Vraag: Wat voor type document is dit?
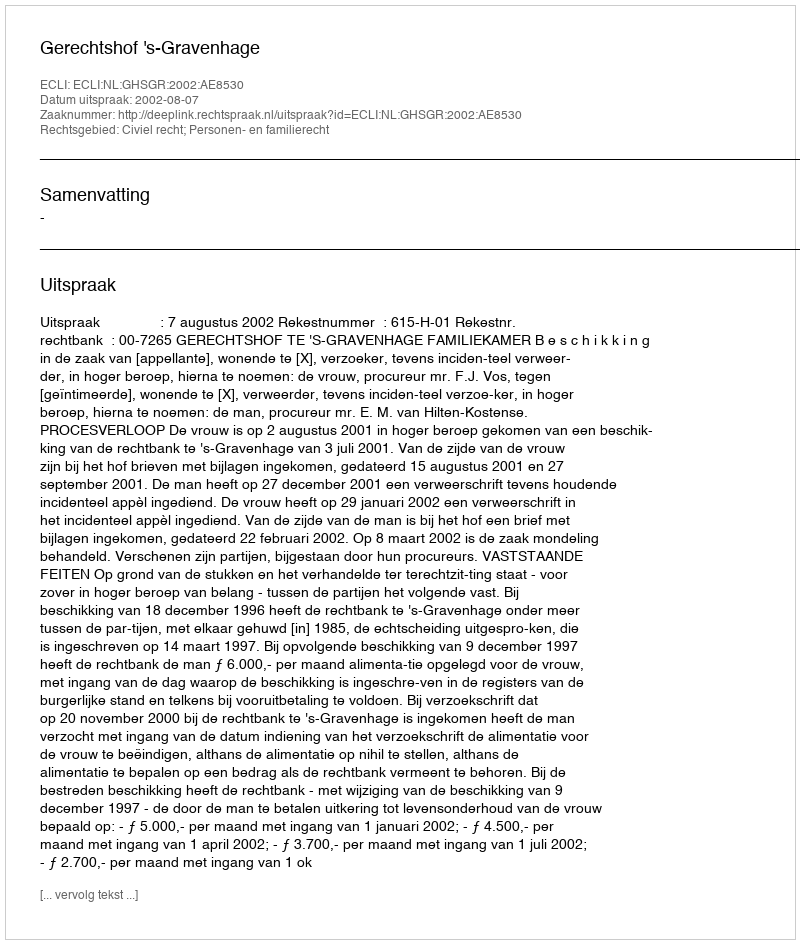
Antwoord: Uitspraak